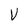
Character: V